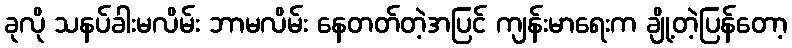
ခုလို သနပ်ခါးမလိမ်း ဘာမလိမ်း နေတတ်တဲ့အပြင် ကျန်းမာရေးက ချို့တဲ့ပြန်တော့